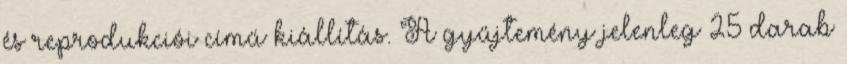
és reprodukciói című kiállítás. A gyűjtemény jelenleg 25 darab